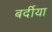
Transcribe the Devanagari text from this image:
बर्दीया